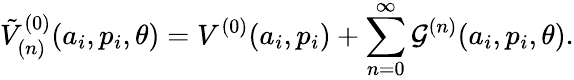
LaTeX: {\tilde{V}}_{(n)}^{(0)}(a_{i},p_{i},\theta)=V^{(0)}(a_{i},p_{i})+\sum_{n=0}^{\infty}{\cal G}^{(n)}(a_{i},p_{i},\theta).